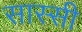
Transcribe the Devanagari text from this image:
सास्सी